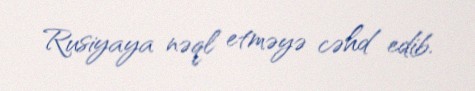
Rusiyaya nəql etməyə cəhd edib.